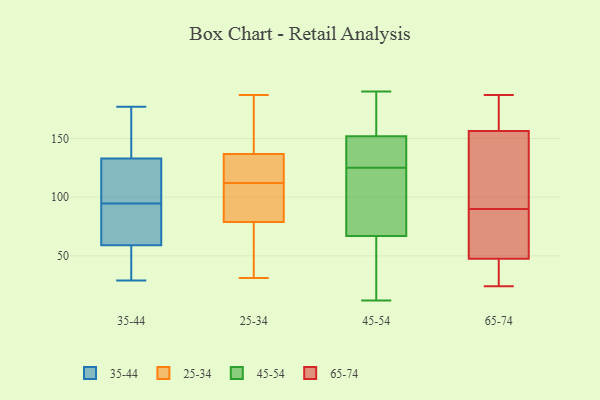
{"axis": {"x": "Backlog", "y": "Value"}, "legend": ["25-34", "35-44", "45-54", "65-74"], "data": [{"x": "", "y": 79, "type": "35-44"}, {"x": "", "y": 29, "type": "35-44"}, {"x": "", "y": 145, "type": "35-44"}, {"x": "", "y": 172, "type": "35-44"}, {"x": "", "y": 128, "type": "35-44"}, {"x": "", "y": 133, "type": "35-44"}, {"x": "", "y": 79, "type": "35-44"}, {"x": "", "y": 77, "type": "35-44"}, {"x": "", "y": 128, "type": "35-44"}, {"x": "", "y": 177, "type": "35-44"}, {"x": "", "y": 34, "type": "35-44"}, {"x": "", "y": 31, "type": "35-44"}, {"x": "", "y": 110, "type": "35-44"}, {"x": "", "y": 59, "type": "35-44"}, {"x": "", "y": 140, "type": "25-34"}, {"x": "", "y": 76, "type": "25-34"}, {"x": "", "y": 121, "type": "25-34"}, {"x": "", "y": 127, "type": "25-34"}, {"x": "", "y": 187, "type": "25-34"}, {"x": "", "y": 62, "type": "25-34"}, {"x": "", "y": 152, "type": "25-34"}, {"x": "", "y": 31, "type": "25-34"}, {"x": "", "y": 112, "type": "25-34"}, {"x": "", "y": 87, "type": "25-34"}, {"x": "", "y": 126, "type": "25-34"}, {"x": "", "y": 110, "type": "25-34"}, {"x": "", "y": 171, "type": "25-34"}, {"x": "", "y": 70, "type": "25-34"}, {"x": "", "y": 97, "type": "25-34"}, {"x": "", "y": 182, "type": "45-54"}, {"x": "", "y": 110, "type": "45-54"}, {"x": "", "y": 147, "type": "45-54"}, {"x": "", "y": 152, "type": "45-54"}, {"x": "", "y": 152, "type": "45-54"}, {"x": "", "y": 91, "type": "45-54"}, {"x": "", "y": 129, "type": "45-54"}, {"x": "", "y": 17, "type": "45-54"}, {"x": "", "y": 12, "type": "45-54"}, {"x": "", "y": 136, "type": "45-54"}, {"x": "", "y": 62, "type": "45-54"}, {"x": "", "y": 127, "type": "45-54"}, {"x": "", "y": 162, "type": "45-54"}, {"x": "", "y": 190, "type": "45-54"}, {"x": "", "y": 67, "type": "45-54"}, {"x": "", "y": 94, "type": "45-54"}, {"x": "", "y": 31, "type": "45-54"}, {"x": "", "y": 123, "type": "45-54"}, {"x": "", "y": 54, "type": "65-74"}, {"x": "", "y": 78, "type": "65-74"}, {"x": "", "y": 175, "type": "65-74"}, {"x": "", "y": 151, "type": "65-74"}, {"x": "", "y": 107, "type": "65-74"}, {"x": "", "y": 94, "type": "65-74"}, {"x": "", "y": 63, "type": "65-74"}, {"x": "", "y": 24, "type": "65-74"}, {"x": "", "y": 187, "type": "65-74"}, {"x": "", "y": 24, "type": "65-74"}, {"x": "", "y": 103, "type": "65-74"}, {"x": "", "y": 41, "type": "65-74"}, {"x": "", "y": 86, "type": "65-74"}, {"x": "", "y": 170, "type": "65-74"}, {"x": "", "y": 162, "type": "65-74"}, {"x": "", "y": 37, "type": "65-74"}]}